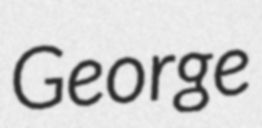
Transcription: George